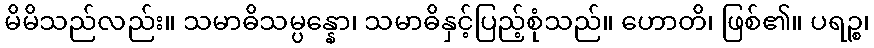
မိမိသည်လည်း။ သမာဓိသမ္ပန္နော၊ သမာဓိနှင့်ပြည့်စုံသည်။ ဟောတိ၊ ဖြစ်၏။ ပရဉ္စ၊